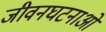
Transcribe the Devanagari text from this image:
जीवनघटनाओं